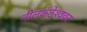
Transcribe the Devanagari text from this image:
नीलकंठेश्‍ववर